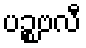
ပဉ္စဗလီ